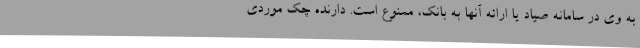
به وی در سامانه صیاد یا ارائه آنها به بانک، ممنوع است. دارنده چک موردی